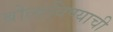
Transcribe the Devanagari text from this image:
बोलाविण्याची